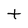
Character: t